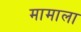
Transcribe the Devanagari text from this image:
मामाला